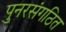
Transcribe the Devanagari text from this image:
पुनरसंगठित